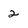
Character: 2